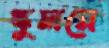
স্কুলমে